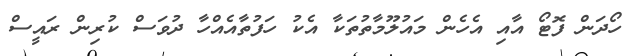
ހޯދަން ފޮޓޯ އާއި އެހެން މައުލޫމާތުތަކާ އެކު ހަފުތާއެއްހާ ދުވަސް ކުރިން ރައީސް